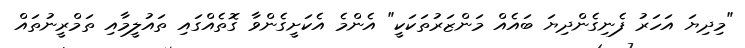
"މިދިޔަ އަހަރު ފެނިގެންދިޔަ ބައެއް މަންޒަރުތަކަކީ" އެންމެ އެކަށީގެންވާ ގޮތެއްގައި ތައުލީމާއި ތަމްރީނުތައް